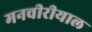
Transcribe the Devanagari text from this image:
मनचीरीयाल